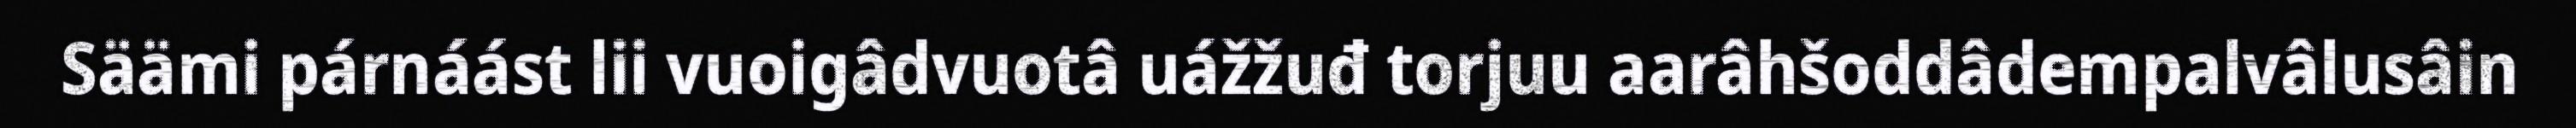
Säämi párnáást lii vuoigâdvuotâ uážžuđ torjuu aarâhšoddâdempalvâlusâin